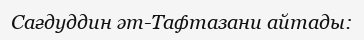
Сағдуддин әт-Тафтазани айтады: